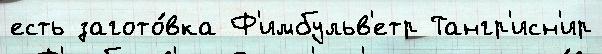
есть загото́вка Ф'имбульв'етр Тангр'исн'ир